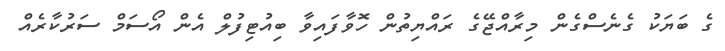
ގެ ބަޔަކު ގެނެސްގެން މިރާއްޖޭގެ ރައްޔިތުން ހޮވާފައިވާ ބިއުޓިފުލް އެން އޯސަމް ސަރުކާރެއް